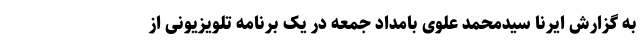
به گزارش ایرنا سیدمحمد علوی بامداد جمعه در یک برنامه تلویزیونی از